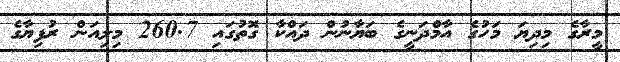
މީރާގެ މިދިޔަ މަހުގެ އާމްދަނީގެ ބަޔާނުން ދައްކާ ގޮތުގައި 260.7 މިލިއަން ރުފިޔާގެ